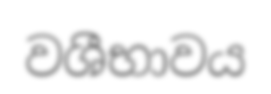
වශීභාවය